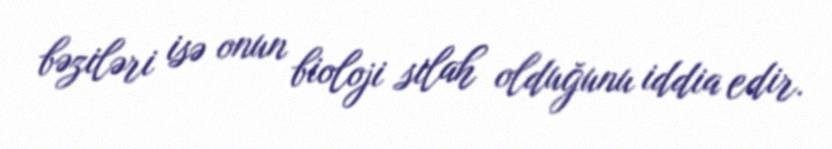
bəziləri isə onun bioloji silah olduğunu iddia edir.